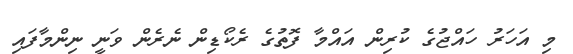
މި އަހަރު ހައްޖުގެ ކުރިން އައްމާ ފޮތުގެ ރެކޯޑިން ނެރެން ވަނީ ނިންމާފައި